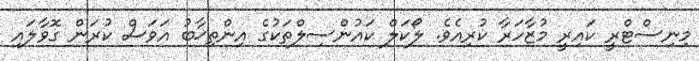
މިނިސްޓްރީ ކައިރީ މުޒާހަރާ ކުރިއެވެ. ލޯކަލް ކައުންސިލްތަކުގެ އިންތިޚާބު އަވަސް ކުރަން ގޮވާލައި